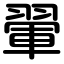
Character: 翬